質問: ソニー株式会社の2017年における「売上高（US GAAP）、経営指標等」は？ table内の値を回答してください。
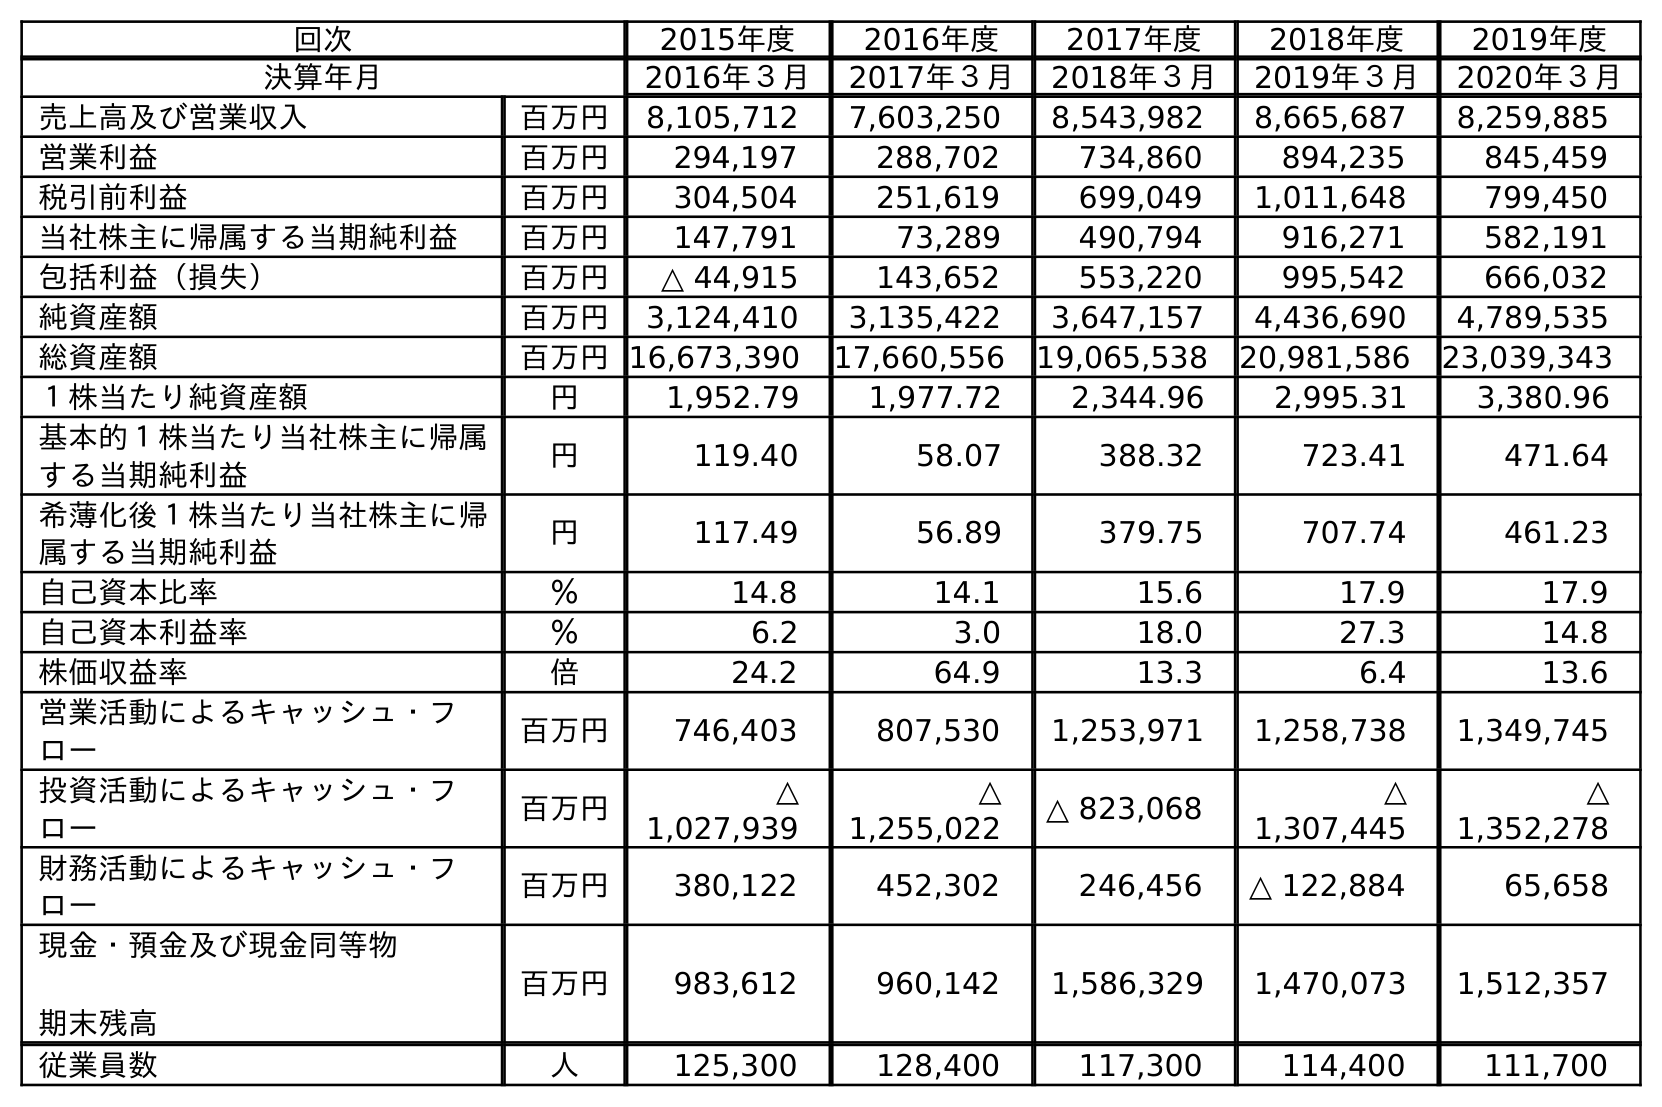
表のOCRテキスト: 回次 2015年度 2016年度 2017年度 2018年度 2019年度 決算年月 2016年３月 2017年３月 2018年３月 2019年３月 2020年３月 売上高及び営業収入 百万円 8,105,712 7,603,250 8,543,982 8,665,687 8,259,885 営業利益 百万円 294,197 288,702 734,860 894,235 845,459 税引前利益 百万円 304,504 251,619 699,049 1,011,648 799,450 当社株主に帰属する当期純利益 百万円 147,791 73,289 490,794 916,271 582,191 包括利益（損失） 百万円 △ 44,915 143,652 553,220 995,542 666,032 純資産額 百万円 3,124,410 3,135,422 3,647,157 4,436,690 4,789,535 総資産額 百万円16,673,390 17,660,556 19,065,538 20,981,586 23,039,343 １株当たり純資産額 円 1,952.79 1,977.72 2,344.96 2,995.31 3,380.96 基本的１株当たり当社株主に帰属 する当期純利益 円 119.40 58.07 388.32 723.41 471.64 希薄化後１株当たり当社株主に帰 属する当期純利益 円 117.49 56.89 379.75 707.74 461.23 自己資本比率 ％ 14.8 14.1 15.6 17.9 17.9 自己資本利益率 ％ 6.2 3.0 18.0 27.3 14.8 株価収益率 倍 24.2 64.9 13.3 6.4 13.6 営業活動によるキャッシュ・フ ロー 百万円 746,403 807,530 1,253,971 1,258,738 1,349,745 投資活動によるキャッシュ・フ ロー 百万円 △ 1,027,939 △ 1,255,022 △ 823,068 △ 1,307,445 △ 1,352,278 財務活動によるキャッシュ・フ ロー 百万円 380,122 452,302 246,456 △ 122,884 65,658 現金・預金及び現金同等物 期末残高 百万円 983,612 960,142 1,586,329 1,470,073 1,512,357 従業員数 人 125,300 128,400 117,300 114,400 111,700
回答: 7,603,250